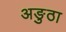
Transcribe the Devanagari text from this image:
अङुठा